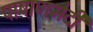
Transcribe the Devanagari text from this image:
पाषाणभेदी